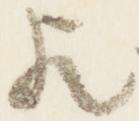
歟